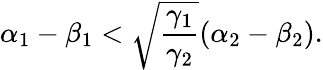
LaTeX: \alpha_{1}-\beta_{1}<\sqrt{\frac{\gamma_{1}}{\gamma_{2}}}(\alpha_{2}-\beta_{2}).